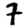
Digit: 7